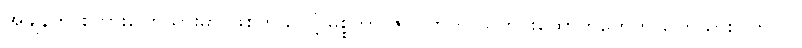
အချိန်က စကားပြောသွားမှာ ဖြစ်တယ်လို့ မစ္စတာ ဇပါတာက သတင်းထောက်တွေကို ပြောသွားပါတယ်။